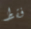
فقط